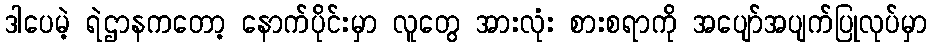
ဒါပေမဲ့ ရဲဌာနကတော့ နောက်ပိုင်းမှာ လူတွေ အားလုံး စားစရာကို အပျော်အပျက်ပြုလုပ်မှာ